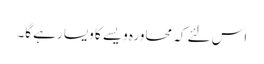
اس لئے کہ محاورہ ویسے کا ویسا رہے گا۔